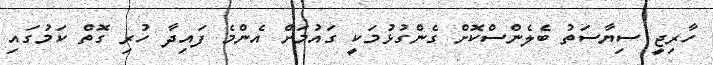
ހާރިޖީ ސިޔާސަތު ބެލެންސްކޮށް ގެންގުޅުމަކީ ގައުމަށް އެންމެ ފައިދާ ހުރި ގޮތް ކަމުގައި